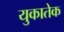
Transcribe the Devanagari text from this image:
युकातेक